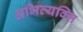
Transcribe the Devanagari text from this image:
अभिव्यक्त्ति